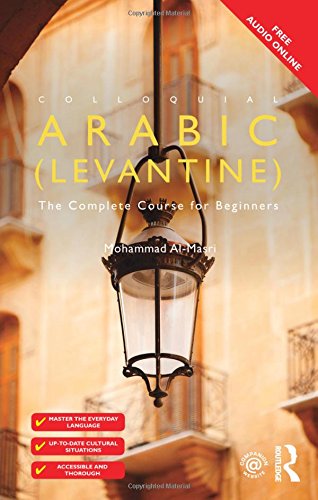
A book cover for Colloquial Arabic (Levantine): The Complete Course for Beginners (Colloquial Series); Mohammad Al-Masri; Reference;